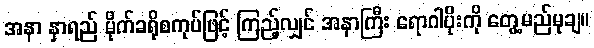
အနာ နှာရည် မိုက်ခရိုစကုပ်ဖြင့် ကြည့်လျှင် အနာကြီး ရောဂါပိုးကို တွေ့မည်မုချ။